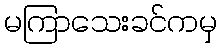
မကြာသေးခင်ကမှ